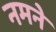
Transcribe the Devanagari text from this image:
नमने